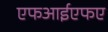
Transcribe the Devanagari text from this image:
एफआईएफए